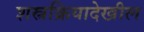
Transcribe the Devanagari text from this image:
शस्त्रक्रियादेखील